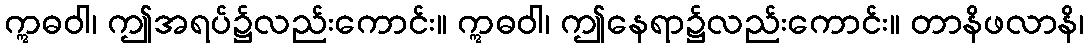
ဣဓဝါ၊ ဤအရပ်၌လည်းကောင်း။ ဣဓဝါ၊ ဤနေရာ၌လည်းကောင်း။ တာနိဖလာနိ၊